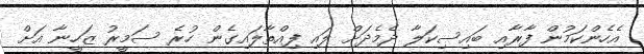
އެހެންކަމުން ފާރާއި ބައިސިކަލާ ދެމެދަށް ލައި ފިއްތާލައިގެން ހުރެ ސަމީރު ޒަހީނާ އަށް